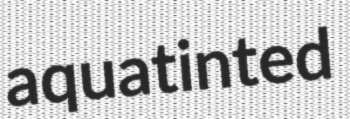
aquatinted